Cultivation of the bacillus of leprosy and the treatment of cases by means of a vaccine prepared from the cultivations - Number 42
Disease focus: Leprosy
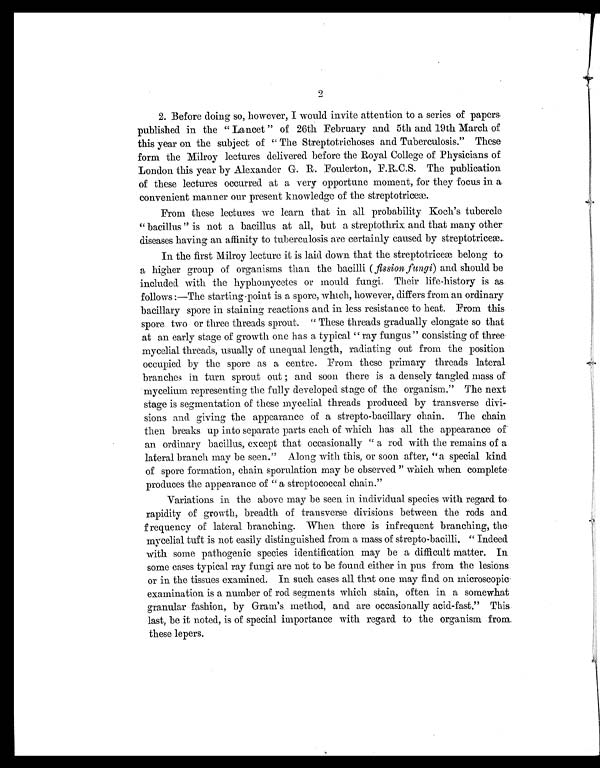
2. Before doing so, however, I would invite attention to a series of papers
published in the "Lancet" of 26th February and 5th and 19th March of
this year on the subject of "The Streptotrichoses and Tuberculosis." These
form the Milroy lectures delivered before the Royal College of Physicians of
London this year by Alexander G. R. Foulerton, F.R.C.S. The publication
of these lectures occurred at a very opportune moment, for they focus in a
convenient manner our present knowledge of the streptotriceæ.
From these lectures we learn that in all probability Koch's tubercle
"bacillus" is not a bacillus at all, but a streptothrix and that many other
diseases having an affinity to tuberculosis are certainly caused by streptotriceæ.
In the first Milroy lecture it is laid down that the streptotriceæ belong to
a higher group of organisms than the bacilli ( fission fungi) and should be
included with the hyphomycetes or mould fungi. Their life-history is as
follows:—The starting-point is a spore, which, however, differs from an ordinary
bacillary spore in staining reactions and in less resistance to heat. From this
spore two or three threads sprout. "These threads gradually elongate so that
at an early stage of growth one has a typical "ray fungus" consisting of three
mycelial threads, usually of unequal length, radiating out from the position
occupied by the spore as a centre. From these primary threads lateral
branches in turn sprout out; and soon there is a densely tangled mass of
mycelium representing the fully developed stage of the organism." The next
stage is segmentation of these mycelial threads produced by transverse divi
-sions and giving the appearance of a strepto-bacillary chain. The chain
then breaks up into separate parts each of which has all the appearance of
an ordinary bacillus, except that occasionally "a rod with the remains of a
lateral branch may be seen." Along with this, or soon after, "a special kind
of spore formation, chain sporulation may be observed" which when complete
produces the appearance of "a streptococcal chain."
Variations in the above may be seen in individual species with regard to
rapidity of growth, breadth of transverse divisions between the rods and
frequency of lateral branching. When there is infrequent branching, the
mycelial tuft is not easily distinguished from a mass of strepto-bacilli. "Indeed
with some pathogenic species identification may be a difficult matter. In
some cases typical ray fungi are not to be found either in pus from the lesions
or in the tissues examined. In such cases all that one may find on microscopic
examination is a number of rod segments which stain, often in a somewhat
granular fashion, by Gram's method, and are occasionally acid-fast." This
last, be it noted, is of special importance with regard to the organism from
these lepers.